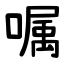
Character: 嘱